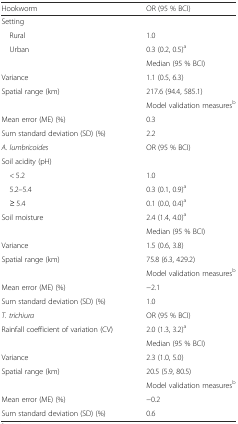
<table><thead><tr><td><b>Hookworm</b></td><td><b>OR (95 % BCI)</b></td></tr></thead><tbody><tr><td>Setting</td><td></td></tr><tr><td> Rural</td><td>1.0</td></tr><tr><td> Urban</td><td>0.3 (0.2, 0.5)<sup>a</sup></td></tr><tr><td></td><td>Median (95 % BCI)</td></tr><tr><td>Variance</td><td>1.1 (0.5, 6.3)</td></tr><tr><td>Spatial range (km)</td><td>217.6 (94.4, 585.1)</td></tr><tr><td></td><td>Model validation measures<sup>b</sup></td></tr><tr><td>Mean error (ME) (%)</td><td>0.3</td></tr><tr><td>Sum standard deviation (SD) (%)</td><td>2.2</td></tr><tr><td><i>A. lumbricoides</i></td><td>OR (95 % BCI)</td></tr><tr><td>Soil acidity (pH)</td><td></td></tr><tr><td> &lt; 5.2</td><td>1.0</td></tr><tr><td> 5.2–5.4</td><td>0.3 (0.1, 0.9)<sup>a</sup></td></tr><tr><td> ≥ 5.4</td><td>0.1 (0.0, 0.4)<sup>a</sup></td></tr><tr><td>Soil moisture</td><td>2.4 (1.4, 4.0)<sup>a</sup></td></tr><tr><td></td><td>Median (95 % BCI)</td></tr><tr><td>Variance</td><td>1.5 (0.6, 3.8)</td></tr><tr><td>Spatial range (km)</td><td>75.8 (6.3, 429.2)</td></tr><tr><td></td><td>Model validation measures<sup>b</sup></td></tr><tr><td>Mean error (ME) (%)</td><td>−2.1</td></tr><tr><td>Sum standard deviation (SD) (%)</td><td>1.0</td></tr><tr><td><i>T. trichiura</i></td><td>OR (95 % BCI)</td></tr><tr><td>Rainfall coefficient of variation (CV)</td><td>2.0 (1.3, 3.2)<sup>a</sup></td></tr><tr><td></td><td>Median (95 % BCI)</td></tr><tr><td>Variance</td><td>2.3 (1.0, 5.0)</td></tr><tr><td>Spatial range (km)</td><td>20.5 (5.9, 80.5)</td></tr><tr><td></td><td>Model validation measures<sup>b</sup></td></tr><tr><td>Mean error (ME) (%)</td><td>−0.2</td></tr><tr><td>Sum standard deviation (SD) (%)</td><td>0.6</td></tr></tbody></table>